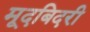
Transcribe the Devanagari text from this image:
मूदबिदरी